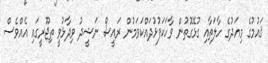
ޤައުމުގެ މިއަދުގެ ހާލަތާއި ގުޅޭގޮތުން ވާހަކަފުޅުދައްކަވަމުން ރައީސް ނަޝީދު ވިދާޅުވީ ތިޖޫރީގައި އެއްވެސް